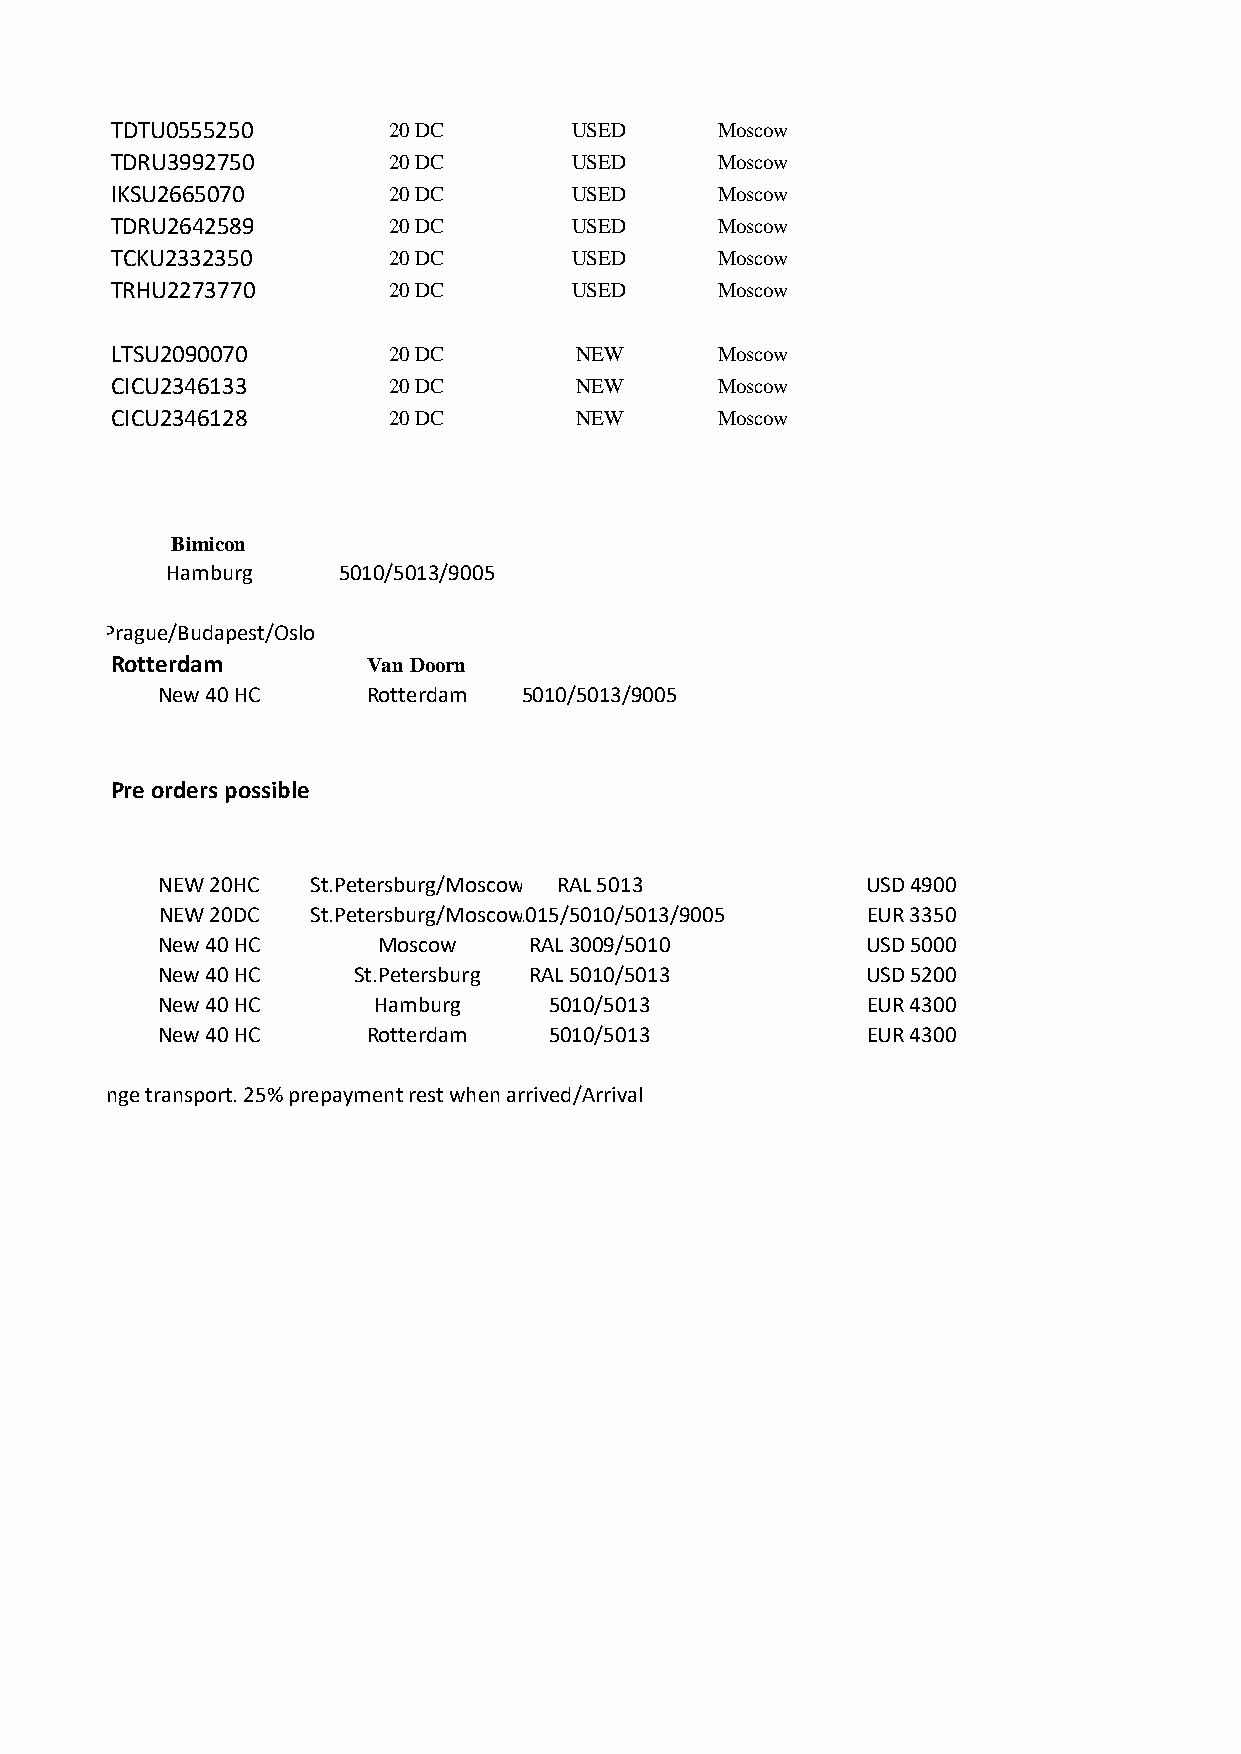
TDTU0555250        20 DC       USED     Moscow
 TDRU3992750        20 DC       USED     Moscow
 IKSU2665070        20 DC       USED     Moscow
 TDRU2642589        20 DC       USED     Moscow
 TCKU2332350        20 DC       USED     Moscow
 TRHU2273770        20 DC       USED     Moscow
 LTSU2090070        20 DC       NEW      Moscow
 CICU2346133        20 DC       NEW      Moscow
 CICU2346128        20 DC       NEW      Moscow
 Bimicon
 Hamburg    5010/5013/9005
 Prague/Budapest/Oslo
 Rotterdam        Van Doorn
 New 40 HC     Rotterdam  5010/5013/9005
 Pre orders possible
 NEW 20HC   St.Petersburg/Moscow RAL 5013       USD 4900
 NEW 20DC   St.Petersburg/MoRscAoLw 1015/5010/5013/9005 EUR 3350
 New 40 HC      Moscow    RAL 3009/5010         USD 5000
 New 40 HC    St.Petersburg RAL 5010/5013       USD 5200
 New 40 HC      Hamburg    5010/5013            EUR 4300
 New 40 HC     Rotterdam   5010/5013            EUR 4300
 All new can be ordered and we arrange transport. 25% prepayment rest when arrived/Arrival